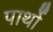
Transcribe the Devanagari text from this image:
पार्थो